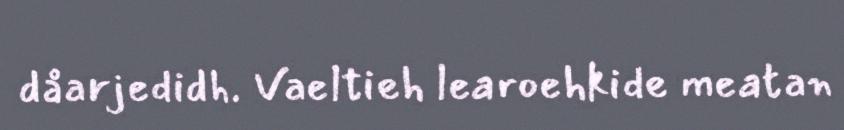
dåarjedidh. Vaeltieh learoehkide meatan